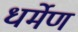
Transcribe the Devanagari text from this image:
धर्मेण